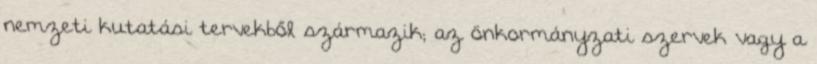
nemzeti kutatási tervekből származik; az önkormányzati szervek vagy a